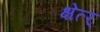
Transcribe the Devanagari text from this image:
क्षेत्र्‍